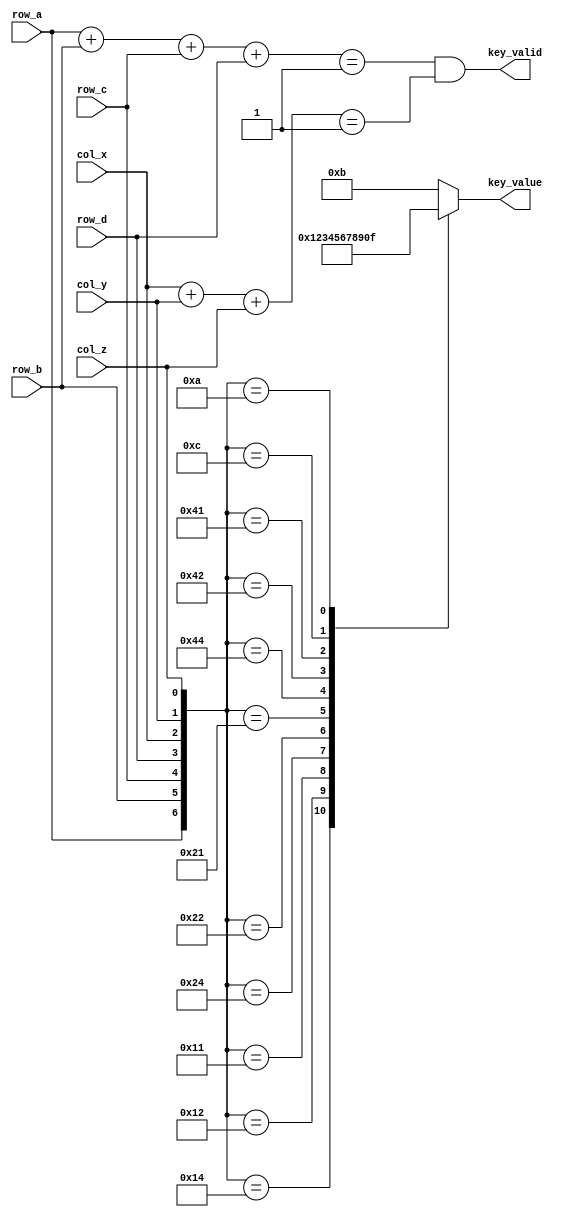
`timescale 1ns / 1ps
//////////////////////////////////////////////////////////////////////////////////
// Company: Trinity College Dublin
// 
// Design Name: key pad decoder, lab C, week3	
// Module Name:    keypadcoder 
// Project Name: 
// Target Devices: 
// Tool versions: 
// Description: 
//
// Dependencies: 
//
// Revision: 
// Revision 0.01 - File Created
// Additional Comments: 
//
//////////////////////////////////////////////////////////////////////////////////
module keypadcoder(row_a, row_b, row_c, row_d, col_x, col_y, col_z, key_valid, key_value);
		
		input wire row_a, row_b, row_c, row_d,  col_x, col_y, col_z; //input all rows and columns as 1-bits

		output reg [3:0]key_value; //key_value 4 bit output
		output reg key_valid; //key_valid, 1-bit boolean value 1 = true, 0 = false


		always@*
		begin

			case({row_a, row_b, row_c, row_d, col_x, col_y, col_z})//concatinate all inputs to a 7 bit value with row a being MSB etc.
					//iterate through all if's, ie all possible button presses and a default
					7'b0010100: key_value = 4'b0001; //row c & col x value = 1, keyvalue set using case satatement
					7'b0010010: key_value = 4'b0010; //row c & col y value = 2
					7'b0010001: key_value = 4'b0011; //row c & col z value = 3
					7'b0100100: key_value = 4'b0100; //row b & col x value = 4
					7'b0100010: key_value = 4'b0101; //row b & col y value = 5
					7'b0100001: key_value = 4'b0110; //row b & col z value = 6
					7'b1000100: key_value = 4'b0111; //row a & col x value = 7
					7'b1000010: key_value = 4'b1000; //row a & col y value = 8
					7'b1000001: key_value = 4'b1001; //row a & col x value = 9
					7'b0001100: key_value = 4'b0000; //row d & col x value = 0
					7'b0001010: key_value = 4'b1111; //row d & col x value = # ie key_value = 15
					7'b0001010: key_value = 4'b1010; //row d & col x value = * ie key_value = 10
					default: key_value = 4'b1011; //default set to 11 as it isn't used above. 
			endcase
			//key_valid, if the input values of 'rows' = 1 when added up and value of 'cols' = 1 when added up then keyvalid = 1, 0 otherwise
			key_valid = (((row_a + row_b + row_c + row_d)== 3'b001) && ((col_x + col_y + col_z)== 3'b001));
		end
endmodule